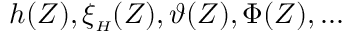
h ( Z ) , \xi _ { { \scriptscriptstyle H } } ( Z ) , \vartheta ( Z ) , \Phi ( Z ) , . . .